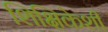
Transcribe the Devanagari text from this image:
शिक्षिकेशी